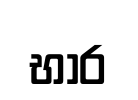
භාර